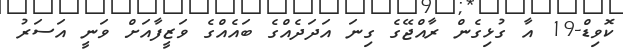
ކޮވިޑް-19 އާ ގުޅިގެން ރާއްޖޭގެ ގިނަ އަދަދެއްގެ ބައެއްގެ ވަޒީފާއަށް ވަނީ އަސަރު